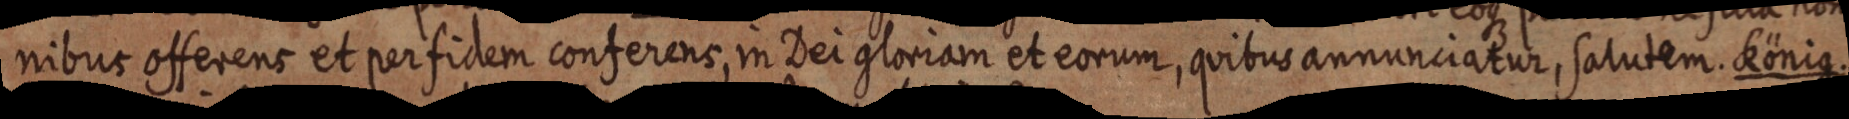
nibus offerens et perfidem conferens, in Dei gloriam et eorum, quibus anmunciatur, salutem. König